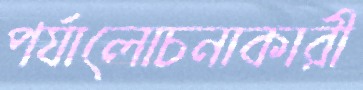
পর্যালোচনাকারী